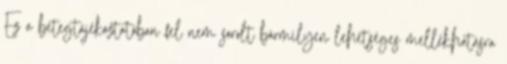
Ez a betegtájékoztatóban fel nem sorolt bármilyen lehetséges mellékhatásra